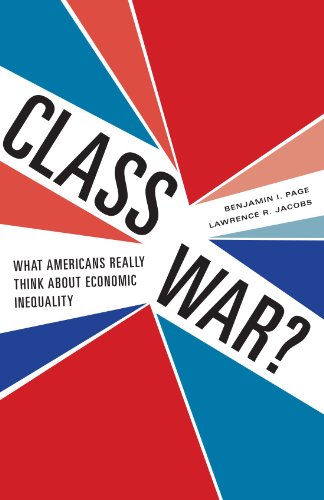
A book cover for Class War?: What Americans Really Think about Economic Inequality; Benjamin I. Page; Business & Money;